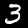
Digit: 3